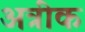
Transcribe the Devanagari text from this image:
अत्रीक